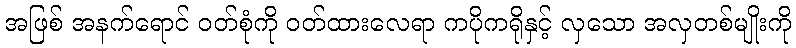
အဖြစ် အနက်ရောင် ဝတ်စုံကို ဝတ်ထားလေရာ ကပိုကရိုနှင့် လှသော အလှတစ်မျိုးကို